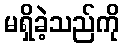
မရှိခဲ့သည်ကို